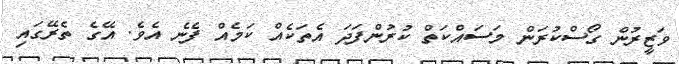
ވަޒީރުން ގޯސްކުރަން މަސައްކަތް ކުރުންފަދަ އެތަކެއް ކަމެއް ފެނެ އެވެ. އޭގެ ތެރޭގައި